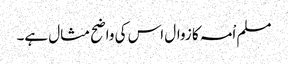
مسلم اْمہ کا زوال اس کی واضح مثال ہے۔